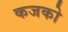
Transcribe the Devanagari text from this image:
कजको